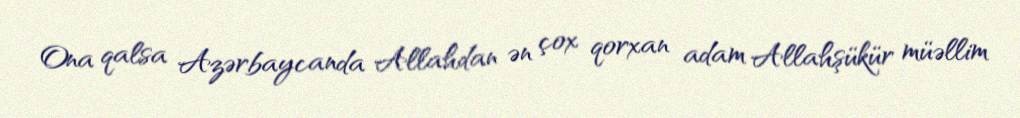
Ona qalsa Azərbaycanda Allahdan ən çox qorxan adam Allahşükür müəllim